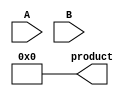
module matrix_multiplier(
    input [7:0] A,
    input [7:0] B,
    output reg [15:0] product
);

reg [7:0] partial_products [7:0];
reg [15:0] net_sum [15:0];

integer i, j;

always @(A, B)
begin
    for(i = 0; i < 8; i = i + 1)
    begin
        partial_products[i] = A * B[i];
    end
    
    for(j = 0; j < 16; j = j + 1)
    begin
        net_sum[j] = 0;
    end
    
    for(i = 0; i < 8; i = i + 1)
    begin
        for(j = 0; j < 8; j = j + 1)
        begin
            net_sum[i + j] = net_sum[i + j] + partial_products[i][j];
        end
    end
    
    for(i = 0; i < 16; i = i + 1)
    begin
        if(i != 15)
        begin
            net_sum[i + 1] = net_sum[i + 1] + (net_sum[i] >> 8);
        end
        else
        begin
            product = net_sum[i];
        end
        net_sum[i] = net_sum[i] & 8'b11111111;
    end
end
    
endmodule